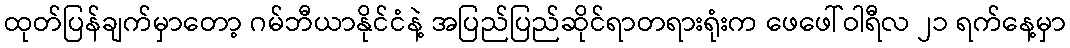
ထုတ်ပြန်ချက်မှာတော့ ဂမ်ဘီယာနိုင်ငံနဲ့ အပြည်ပြည်ဆိုင်ရာတရားရုံးက ဖေဖေါ်ဝါရီလ ၂၁ ရက်နေ့မှာ